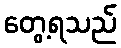
တွေ့ရသည်